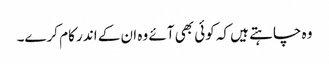
وہ چاہتے ہیں کہ کوئی بھی آئے وہ ان کے اندر کام کرے۔